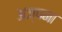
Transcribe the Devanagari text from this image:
अज्पना